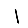
Digit: 1